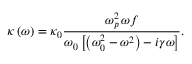
\kappa \left( \omega \right) = \kappa _ { 0 } \frac { \omega _ { p } ^ { 2 } \, \omega f } { \omega _ { 0 } \left[ \left( \omega _ { 0 } ^ { 2 } - \omega ^ { 2 } \right) - i \gamma \omega \right] } .